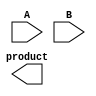
module dadda_multiplier #(parameter N = 4) (
    input [N-1:0] A,
    input [N-1:0] B,
    output reg [2*N-1:0] product
);

    // Partial product generation
    wire [N-1:0] pp [0:N-1]; // Partial products
    genvar i, j;
    generate
        for (i = 0; i < N; i = i + 1) begin : pp_gen
            for (j = 0; j < N; j = j + 1) begin : pp_row
                assign pp[i][j] = A[i] & B[j];
            end
        end
    endgenerate

    // Carry-save adder (CSA) for reduction
    wire [N:0] sum [0:N-1]; // Sum outputs of CSA
    wire [N:0] carry [0:N-1]; // Carry outputs of CSA

    // Initialize the first row of sums and carries
    assign sum[0] = {1'b0, pp[0]};
    assign carry[0] = {1'b0, 1'b0}; // No carry for the first row

    // Reduction stages
    genvar stage;
    generate
        for (stage = 0; stage < N-1; stage = stage + 1) begin : reduction_stage
            if (stage == 0) begin
                // First stage: sum first three rows
                assign sum[stage + 1] = sum[stage][N:1] + pp[stage + 1] + pp[stage + 2];
                assign carry[stage + 1] = carry[stage][N:1] + pp[stage + 1] + pp[stage + 2];
            end else begin
                // Subsequent stages: sum three rows
                assign sum[stage + 1] = sum[stage][N:1] + carry[stage][N:1] + pp[stage + 2];
                assign carry[stage + 1] = carry[stage][N:1] + pp[stage + 2];
            end
        end
    endgenerate

    // Final addition stage
    wire [2*N-1:0] final_sum;
    wire [2*N-1:0] final_carry;

    assign final_sum = {1'b0, sum[N-1]} + {1'b0, carry[N-1]};

    // Assign the final product
    always @(*) begin
        product = final_sum;
    end

endmodule